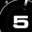
Digit: 5